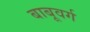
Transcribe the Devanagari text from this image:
बाबूवर्ग